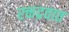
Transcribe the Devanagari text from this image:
रक्तद्रवात